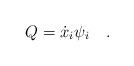
LaTeX: \begin{align*}Q={\dot x}_i\psi_i\quad . \end{align*}